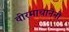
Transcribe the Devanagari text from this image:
वीरमाचानेनी